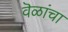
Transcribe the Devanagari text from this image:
वॆळांचा